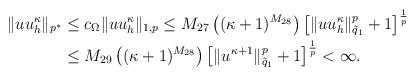
LaTeX: \begin{align*} \|uu_h^{\kappa}\|_{p^*} &\leq c_\Omega \|uu_h^{\kappa}\|_{1,p} \leq M_{27} \left((\kappa+1)^{M_{28}}\right) \left[\|uu_h^{\kappa}\|_{\tilde{q}_1}^p+1\right]^{\frac{1}{p}}\\ & \leq M_{29} \left((\kappa+1)^{M_{28}}\right) \left[\|u^{\kappa+1}\|_{\tilde{q}_1}^p+1\right]^{\frac{1}{p}}<\infty. \end{align*}